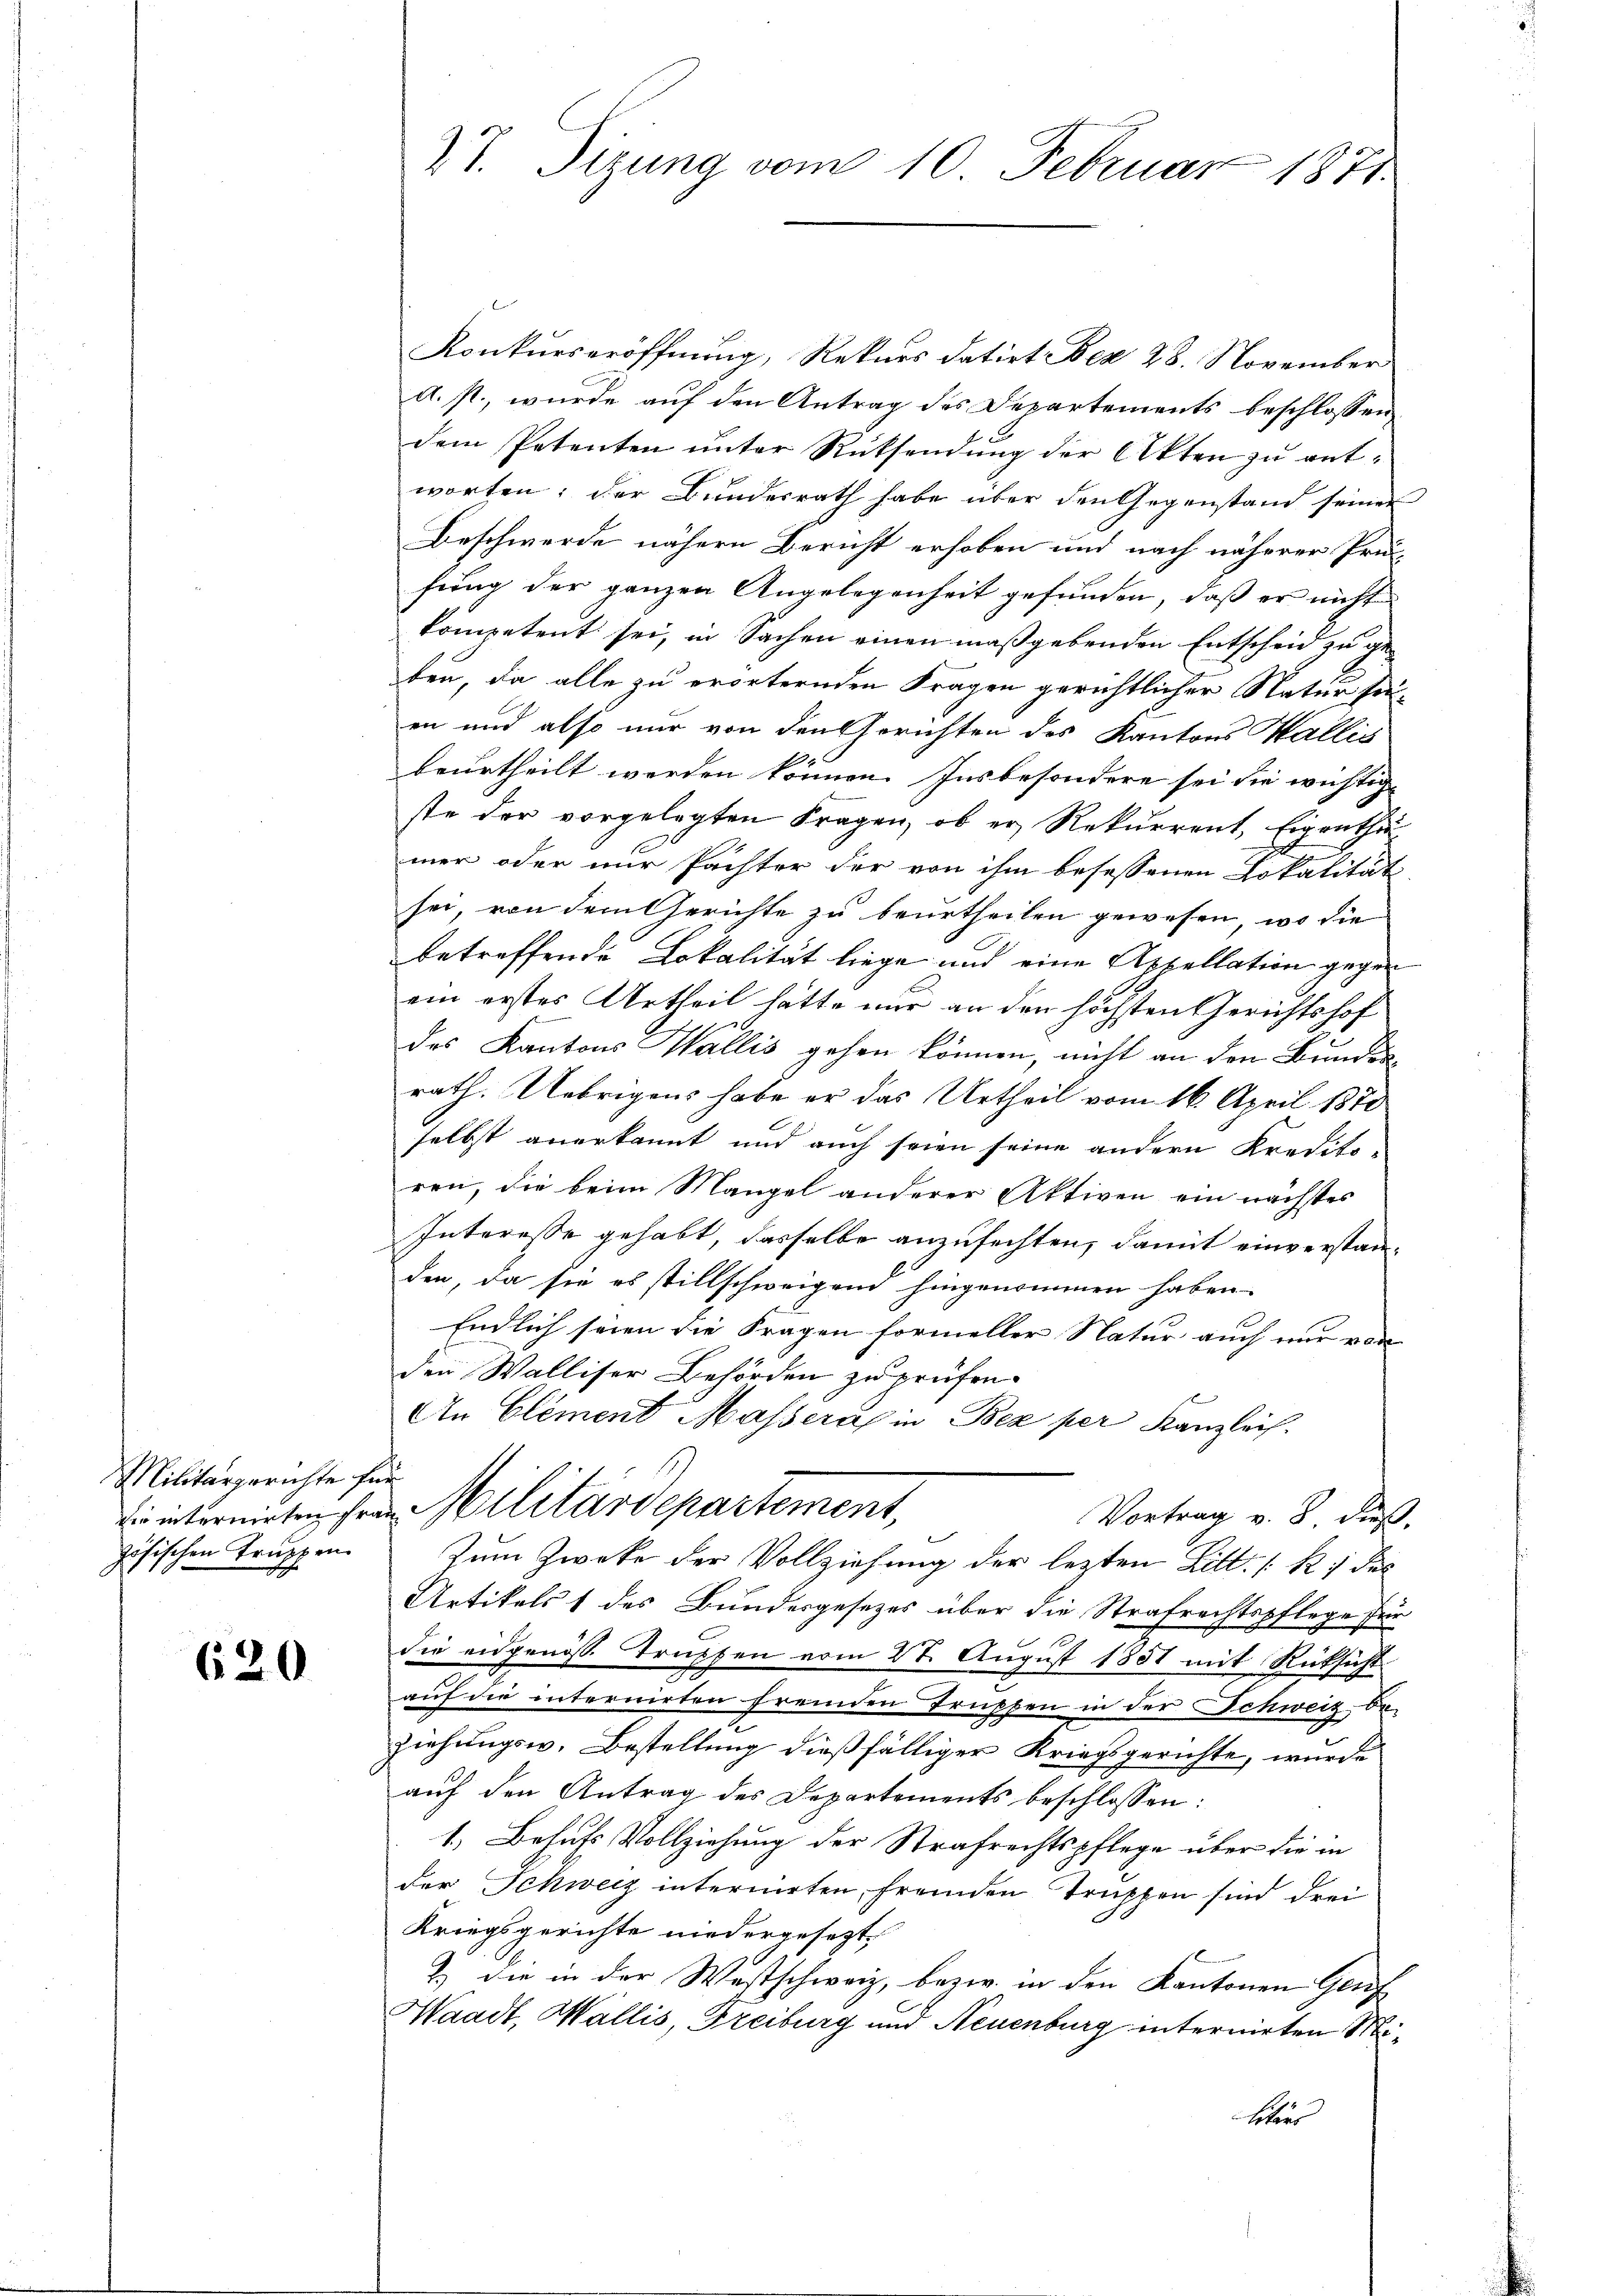
Militärgerichte für
zösischen Truppen

620

Konkurseröffnung, Rekurs datirt Dez 28. November
a. p., wurde auf den Antrag des Departements beschlossen,
dem Petenten unter Rücksendung der Akten zu entworten; der Bundesrath habe über den Gegenstand seiner
Beschwerde nähern Bericht erhoben und nach näherer Prü-
fung der ganzen Angelegenheit gefunden, daß er nicht
kompetent sei, in Sachen einen maßgebenden Entscheid zu geben, da alle zu erörternden Fragen gerichtlicher Natur seien und also nur von den Gerichten des Kantons Wallis
beurtheilt werden können. Insbesondere sei die wichtig
ste der vorgelegten Fragen, ob er Rekurrent, Eigenthu
mer oder nur Pächter der von ihm besessenen Lokalität
sei, von dem Gerichte zu beurtheilen gewesen, wo die
betreffende Lokalität liege und eine Appellation gegen
ein erstes Urtheil hätte nur an den höchsten Gerichtshof
des Kantons Wallis gehen können, nicht an den Bundes-
rath. Uebrigens habe er das Urtheil vom 16. April 1870
selbst anerkannt und auch seien seine andern Kredito-
ren, die beim Mangel anderer Aktiven ein nächstes
Interesse gehabt, dasselbe anzufechten, damit einverstanden, da sie es stillschweigen hingenommen haben.
Endlich seien die Fragen formeller Natur auch nur von
den Walliser Behörden zu prüfen.
An Element Massera in Bez per Kanzleich.
 intermieten sein Militärdepartement,
Vortrag v. 8. dieß.
Zum Zwecke der Vollziehung der lezten Litt. [K 1 des
Artikels 1 des Bundesgesetzes über die Strafrechtspflege für
die eidgenöss. Trupfen vom 28. August 1851 mit Rücksicht
auf die internirten fremden Truppen in der Schweiz be-
ziehungsw. Bestellung dießfälliger Kriegsgerichte, wurde
auf den Antrag des Departements beschlossen:
1. Behufs Vollziehung der Strafrechtspflege über die in
der Schweiz internirten, fremden Truppen sind drei
Kriegsgerichte niedergesezt.
) die in der Westschweiz, bezw. in den Kantonen Genf
Waadt, Wallis, Freiburg und Neuenburg internirten Militärs

27. Sizung vom 10. Februar 1871.